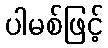
ပါမစ်ဖြင့်